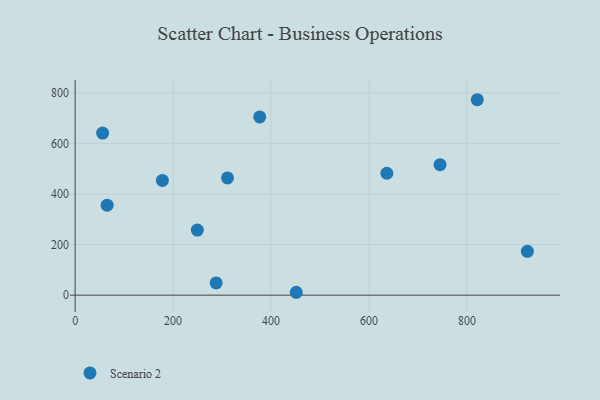
{"axis": {"x": "Study Hours", "y": "Profit"}, "legend": ["Scenario 2"], "data": [{"x": "311.0", "y": 463.7, "type": "Scenario 2"}, {"x": "451.4", "y": 11.4, "type": "Scenario 2"}, {"x": "636.3", "y": 482.0, "type": "Scenario 2"}, {"x": "376.8", "y": 704.5, "type": "Scenario 2"}, {"x": "56.1", "y": 640.9, "type": "Scenario 2"}, {"x": "65.3", "y": 355.6, "type": "Scenario 2"}, {"x": "923.2", "y": 173.4, "type": "Scenario 2"}, {"x": "820.9", "y": 772.7, "type": "Scenario 2"}, {"x": "744.9", "y": 516.0, "type": "Scenario 2"}, {"x": "249.4", "y": 257.4, "type": "Scenario 2"}, {"x": "287.9", "y": 48.3, "type": "Scenario 2"}, {"x": "178.1", "y": 453.8, "type": "Scenario 2"}]}